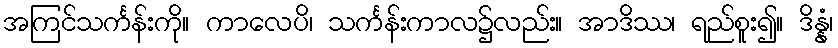
အကြင်သင်္ကန်းကို။ ကာလေပိ၊ သင်္ကန်းကာလ၌လည်း။ အာဒိဿ၊ ရည်စူး၍။ ဒိန္နံ၊